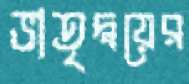
ভাতৃদ্বয়ের